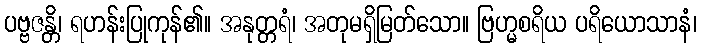
ပဗ္ဗဇန္တိ၊ ရဟန်းပြုကုန်၏။ အနုတ္တရံ၊ အတုမရှိမြတ်သော။ ဗြဟ္မစရိယ ပရိယောသာနံ၊